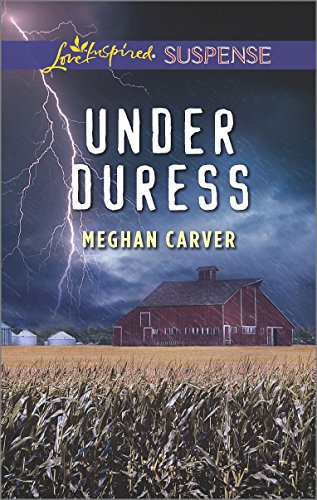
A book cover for Under Duress (Love Inspired Suspense); Meghan Carver; Romance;